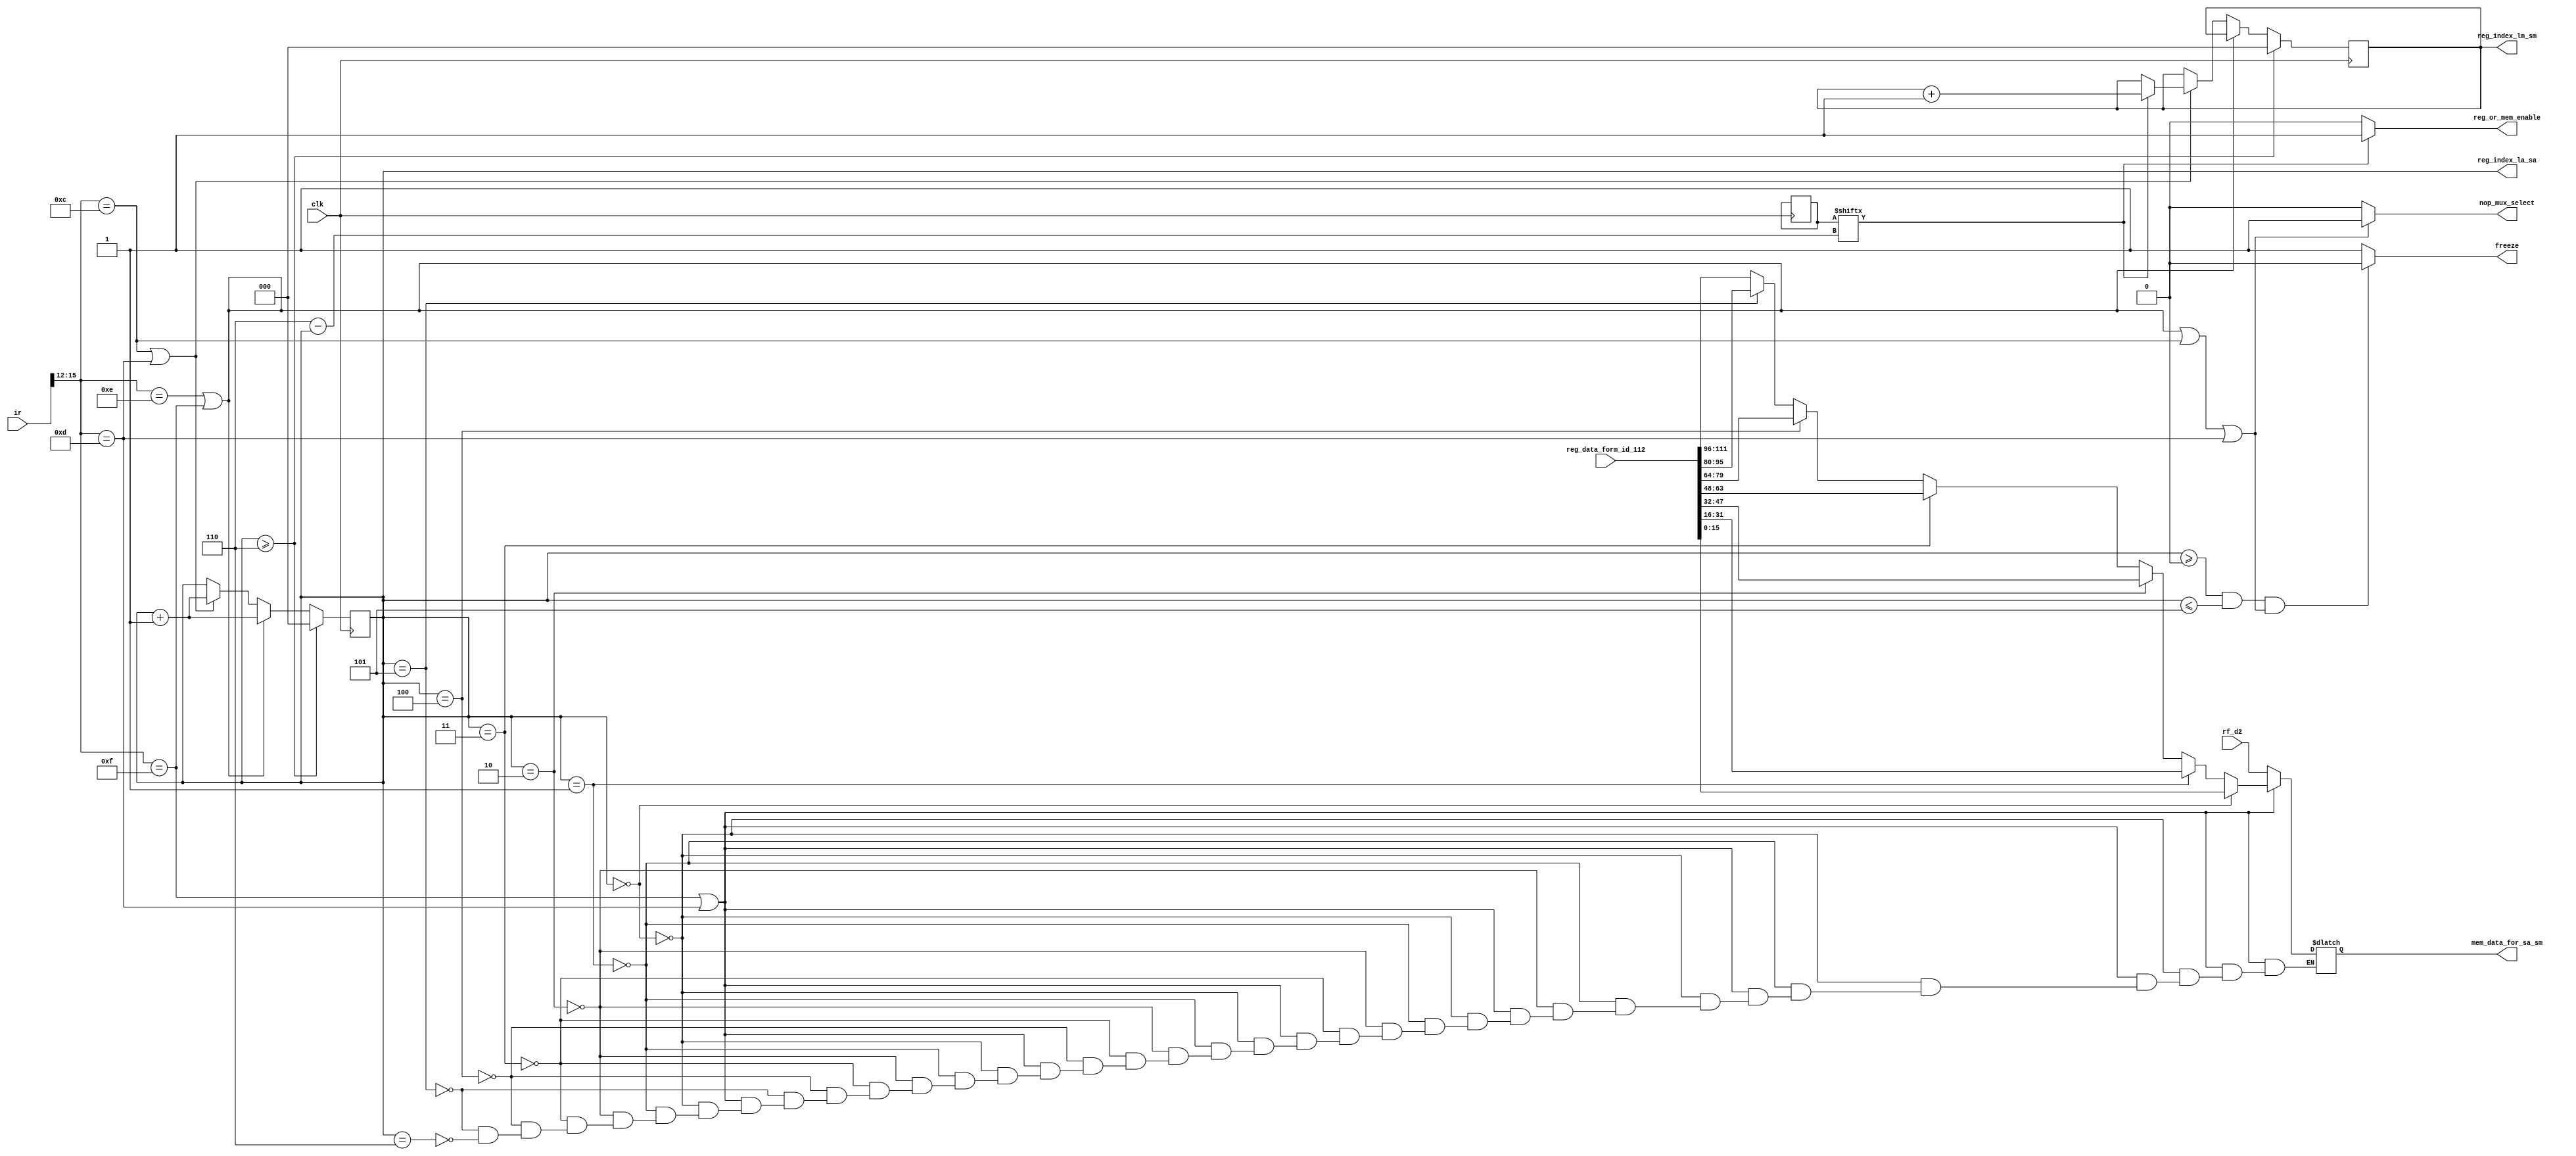
module Load_Store_Multi_Block(clk, ir, rf_d2, reg_data_form_id_112, reg_index_la_sa, reg_index_lm_sm, freeze, reg_or_mem_enable, mem_data_for_sa_sm, nop_mux_select);

	output reg [2:0] reg_index_la_sa, reg_index_lm_sm;
	output reg freeze, reg_or_mem_enable, nop_mux_select;
	output reg [15:0] mem_data_for_sa_sm;
	input  [111:0] reg_data_form_id_112;
	input  [15:0] ir, rf_d2;
	input clk;
	reg [6:0] imm;
		
	parameter LA = 4'b1110;
	parameter SA = 4'b1111;
	parameter LM = 4'b1100;
	parameter SM = 4'b1101;

	
	
	initial begin 
	 reg_index_la_sa = 3'b000;
	 reg_index_lm_sm = 3'b000;
	 freeze = 1'b1;
	 reg_or_mem_enable = 1'b0;
	 mem_data_for_sa_sm = 15'd0;
	 nop_mux_select = 1'b0;
    end
    
	always @(*) begin 
	    imm = ir[6:0];
		if ( (reg_index_la_sa >=0) && (reg_index_la_sa <=5) && ((ir[15:12] == LA ) || (ir[15:12] == SA ) || (ir[15:12] == LM ) || (ir[15:12] == SM )))
			freeze = 1'b0;
		else
			freeze = 1'b1;
			
		if ( imm[6 - reg_index_la_sa] == 1'b1 )
			reg_or_mem_enable = 1'b1;
		else
			reg_or_mem_enable = 1'b0;
			
		if ( (ir[15:12] == SA ) || (ir[15:12] == SM )) begin
			if( reg_index_la_sa == 0)
				mem_data_for_sa_sm = reg_data_form_id_112[15 : 0];
			else if( reg_index_la_sa == 1)
				mem_data_for_sa_sm = reg_data_form_id_112[31 : 16];
			else if( reg_index_la_sa == 2)
				mem_data_for_sa_sm = reg_data_form_id_112[47 : 32];
			else if( reg_index_la_sa == 3)
				mem_data_for_sa_sm = reg_data_form_id_112[63 : 48];
			else if( reg_index_la_sa == 4)
				mem_data_for_sa_sm = reg_data_form_id_112[79 : 64];
			else if( reg_index_la_sa == 5)
				mem_data_for_sa_sm = reg_data_form_id_112[95 : 80];
			else if( reg_index_la_sa == 6)
				mem_data_for_sa_sm = reg_data_form_id_112[111 : 96];
		end
		else begin
			mem_data_for_sa_sm = rf_d2;
		end
					
	end
	
	always @(*) begin 
		if (((ir[15:12] == LA ) || (ir[15:12] == SA ) || (ir[15:12] == LM ) || (ir[15:12] == SM )))
			nop_mux_select = 1'b1;
		else
			nop_mux_select = 1'b0;		
	end

	always @(posedge clk ) begin 
	  imm = ir[6:0];
	  if ( reg_index_la_sa >= 6 ) begin 
		reg_index_la_sa = 3'b000;
		reg_index_lm_sm = 3'b000;
	  end
      else if ( (ir[15:12] == LA ) || (ir[15:12] == SA )) begin
	    reg_index_la_sa = reg_index_la_sa + 1;
	  end
	  else if ( (ir[15:12] == LM ) || (ir[15:12] == SM )) begin
			if ( imm[6 - reg_index_la_sa] == 1'b1) begin
				reg_index_lm_sm = reg_index_lm_sm + 1;
			end	
	    reg_index_la_sa = reg_index_la_sa + 1;
	  end
	end

endmodule